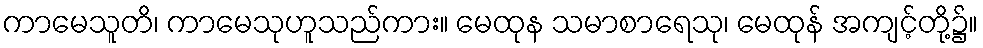
ကာမေသူတိ၊ ကာမေသုဟူသည်ကား။ မေထုန သမာစာရေသု၊ မေထုန် အကျင့်တို့၌။